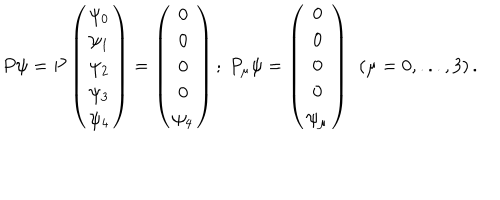
P \psi = P \left( \begin{array} { c } { { \psi _ { 0 } } } \\ { { \psi _ { 1 } } } \\ { { \psi _ { 2 } } } \\ { { \psi _ { 3 } } } \\ { { \psi _ { 4 } } } \\ \end{array} \right) = \left( \begin{array} { c } { { 0 } } \\ { { 0 } } \\ { { 0 } } \\ { { 0 } } \\ { { \psi _ { 4 } } } \\ \end{array} \right) ; \ P _ { \mu } \psi = \left( \begin{array} { c } { { 0 } } \\ { { 0 } } \\ { { 0 } } \\ { { 0 } } \\ { { \psi _ { \mu } } } \\ \end{array} \right) \ \left( \mu = 0 , . . . , 3 \right) .